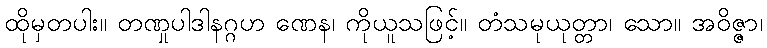
ထိုမှတပါး။ တဏှုပါဒါနဂ္ဂဟ ဏေန၊ ကိုယူသဖြင့်။ တံသမုယုတ္တာ၊ သော။ အဝိဇ္ဇာ၊